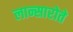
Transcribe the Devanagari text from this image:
लान्सारोते